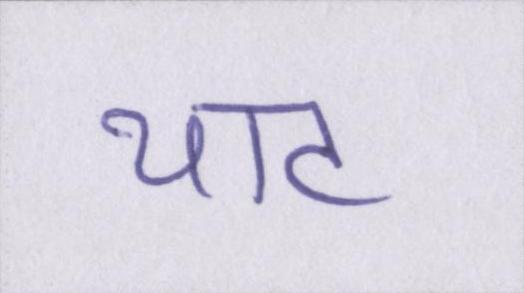
थाट